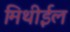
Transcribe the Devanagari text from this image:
मिथीईल